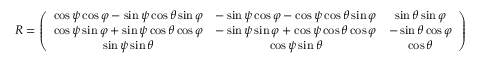
\begin{array} { r } { R = \left( \begin{array} { c c c } { \cos \psi \cos \varphi - \sin \psi \cos \theta \sin \varphi } & { - \sin \psi \cos \varphi - \cos \psi \cos \theta \sin \varphi } & { \sin \theta \sin \varphi } \\ { \cos \psi \sin \varphi + \sin \psi \cos \theta \cos \varphi } & { - \sin \psi \sin \varphi + \cos \psi \cos \theta \cos \varphi } & { - \sin \theta \cos \varphi } \\ { \sin \psi \sin \theta } & { \cos \psi \sin \theta } & { \cos \theta } \end{array} \right) } \end{array}